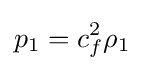
{p_{1}}=c_{f}^{2}{\rho _{1}}